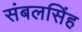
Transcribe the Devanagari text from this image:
संबलसिंह